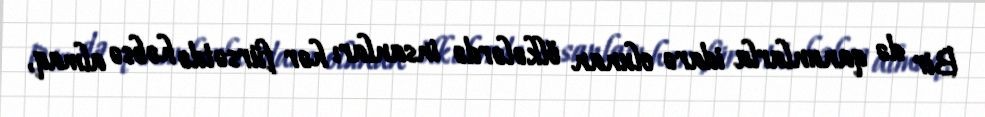
Bir də qanunlarla idarə olunan ölkələrdə insanları hər fürsətdə həbsə almaq,